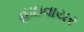
હાઇવાયર